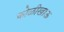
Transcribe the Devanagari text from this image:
कोळीखाऊ